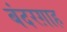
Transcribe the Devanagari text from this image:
बंदरग़ाह